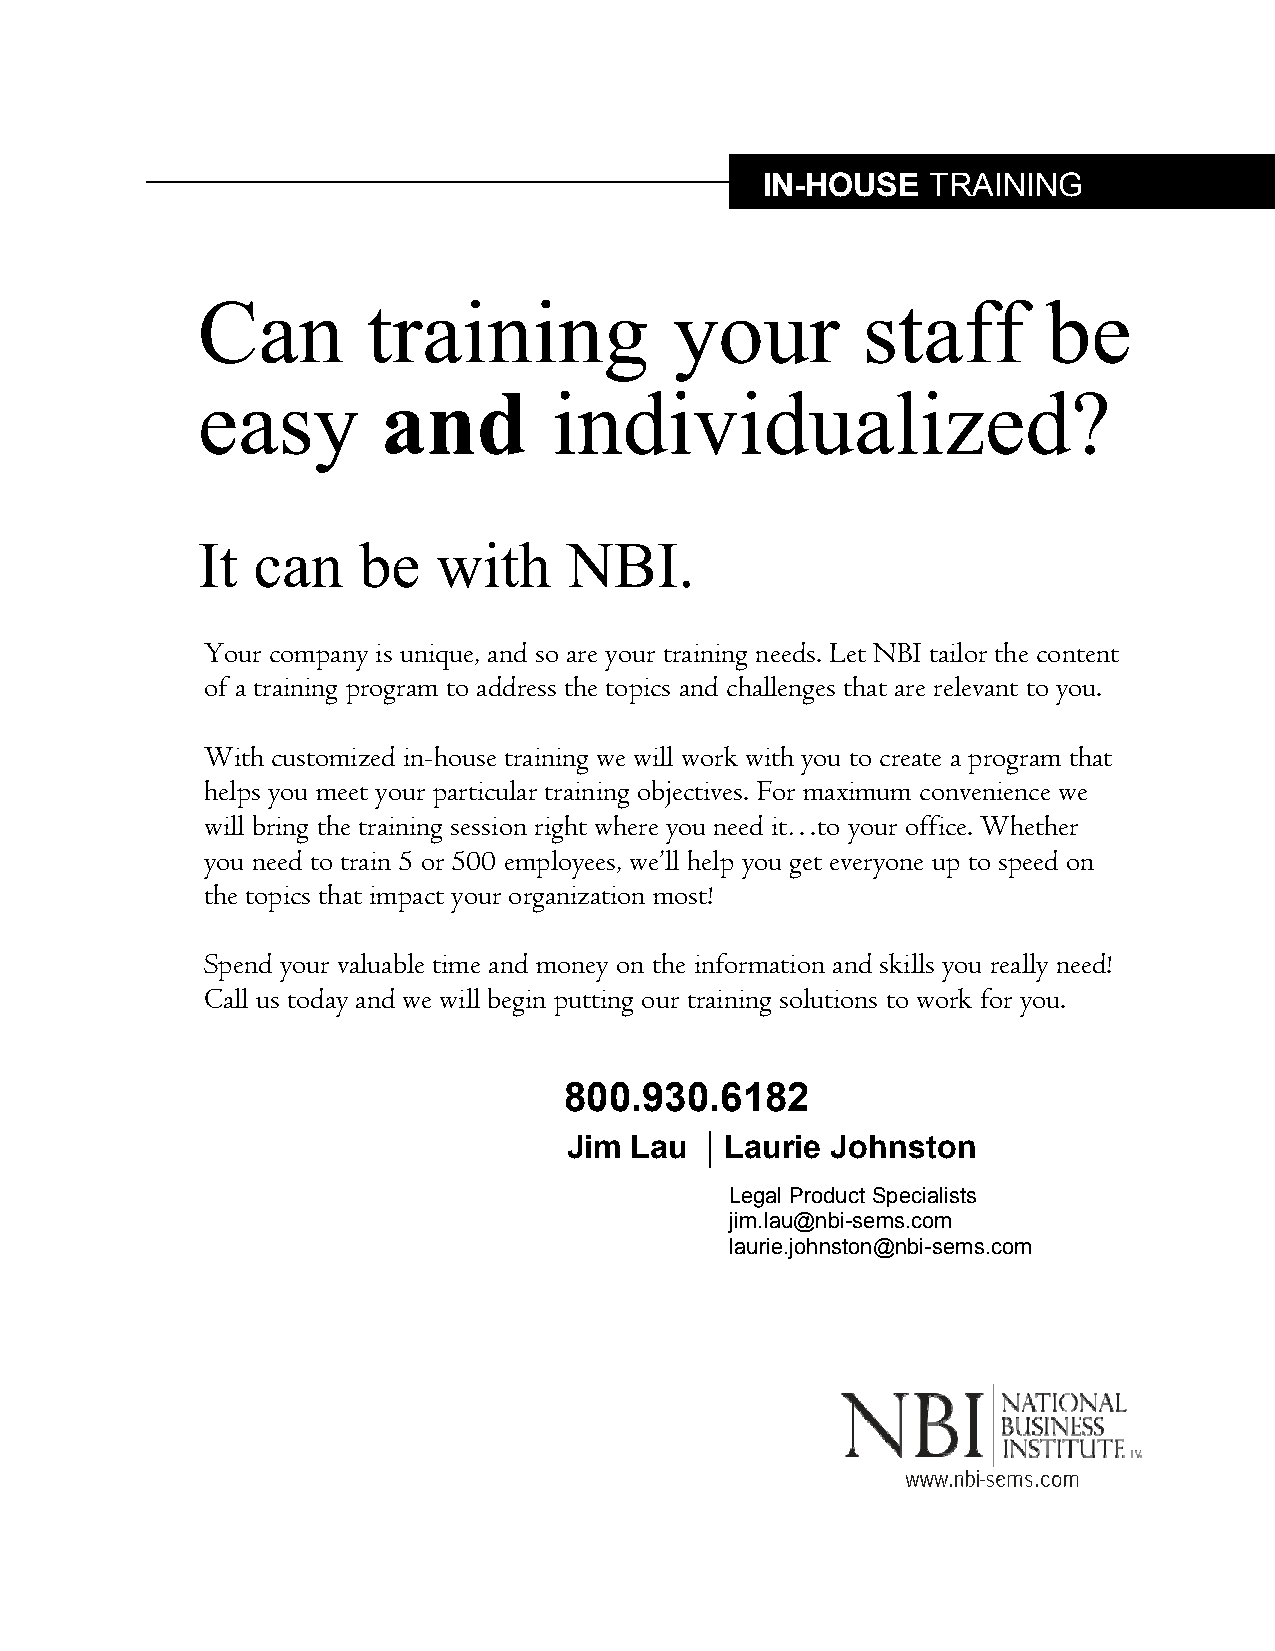
IN-HOUSE    TRAINING
 Can        training             your        staff       be
 easy        and         individualized?
 It  can    be   with     NBI.
 Your company is unique, and so are your training needs. Let NBI tailor the content
 of a training program to address the topics and challenges that are relevant to you.
 With customized in-house training we will work with you to create a program that
 helps you meet your particular training objectives. For maximum convenience we
 will bring the training session right where you need it…to your office. Whether
 you need to train 5 or 500 employees, we’ll help you get everyone up to speed on
 the topics that impact your organization most!
 Spend your valuable time and money on the information and skills you really need!
 Call us today and we will begin putting our training solutions to work for you.
 800.930.6182
 Jim Lau   Laurie Johnston
 Legal Product Specialists
 jim.lau@nbi-sems.com
 laurie.johnston@nbi-sems.com